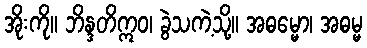
အိုးကို။ ဘိန္ဒတိဣဝ၊ ခွဲသကဲ့သို့။ အဓမ္မော၊ အဓမ္မ